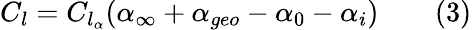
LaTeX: C_{l}=C_{l_{\alpha}}(\alpha_{\infty}+\alpha_{geo}-\alpha_{0}-\alpha_{i})\qquad(3)